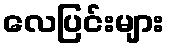
လေပြင်းများ